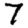
Digit: 7